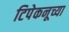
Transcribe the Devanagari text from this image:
टिपेकनूच्या